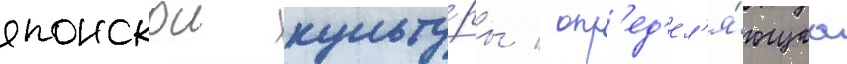
японскои культу́ры / опр'ед'ел'я́ющаа